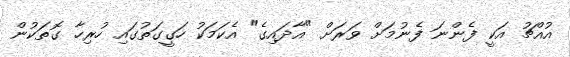
އުއްޗު އަކީ ފެންނަ ފެނުމަށް ވަރަށް "އާދައިގެ" އެކަމަކު ހަގީގަތުގައި ހުރިހާ ގޮތަކުން